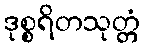
ဒုစ္စရိတသုတ္တံ